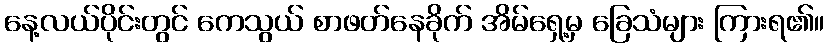
နေ့လယ်ပိုင်းတွင် ကေသွယ် စာဖတ်နေခိုက် အိမ်ရှေ့မှ ခြေသံများ ကြားရ၏။